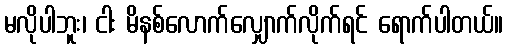
မလိုပါဘူး၊ ငါး မိနစ်လောက်လျှောက်လိုက်ရင် ရောက်ပါတယ်။